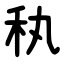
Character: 秇